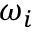
\omega _ { i }